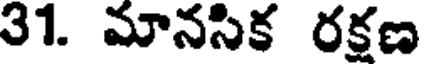
31. మానసిక రక్షణ